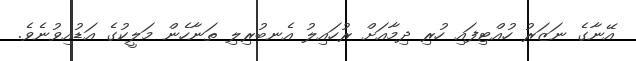
އޭނާގެ ނަޒަރު ހުއްޓިފައި ހުރި ދިމާއަށް ރުހައިލު އެނބުރިލި ތަނާހެން މަލީކުގެ އަޑުއިވުނެވެ.